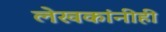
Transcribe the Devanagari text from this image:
लेखकांनीही